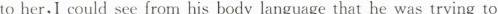
to her,I could see from his body language that he was trying to